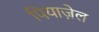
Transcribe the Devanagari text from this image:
पियाज़ेल